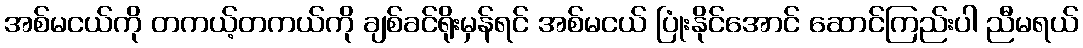
အစ်မငယ်ကို တကယ့်တကယ်ကို ချစ်ခင်ရိုးမှန်ရင် အစ်မငယ် ပြုံးနိုင်အောင် ဆောင်ကြည်းပါ ညီမရယ်